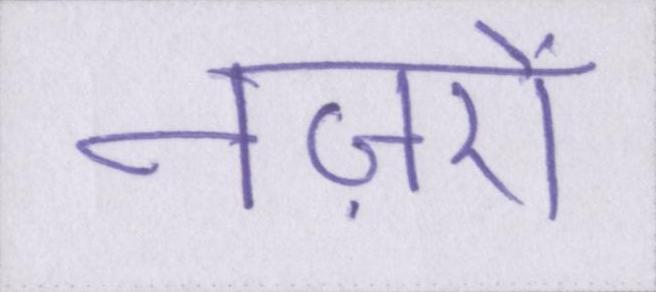
नज़रों